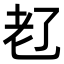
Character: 𬚊